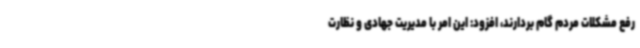
رفع مشکلات مردم گام بردارند، افزود: این امر با مدیریت جهادی و نظارت